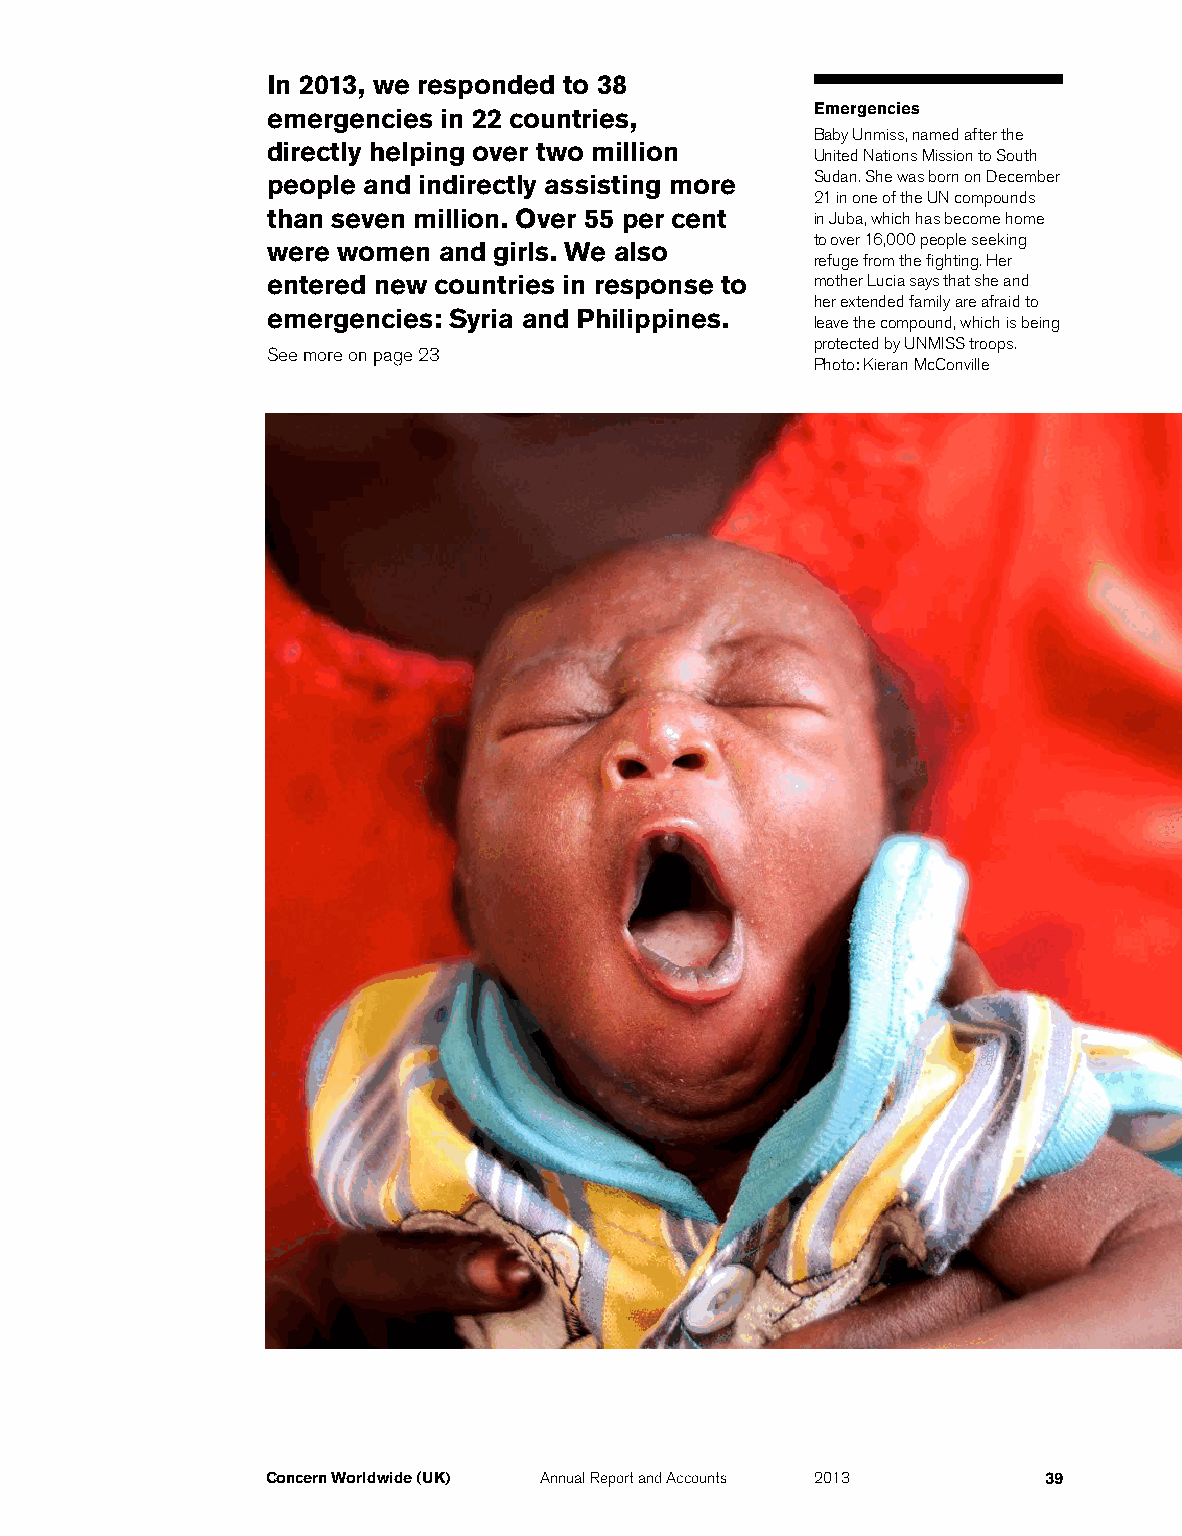
In 2013, we responded to 38
 emergencies in 22 countries,        Emergencies
 Baby Unmiss, named after the
 directly helping over two million
 United Nations Mission to South
 people and indirectly assisting more Sudan. She was born on December
 21 in one of the UN compounds
 than seven million. Over 55 per cent in Juba, which has become home
 to over 16,000 people seeking
 were women and girls. We also
 refuge from the fighting. Her
 entered new countries in response to mother Lucia says that she and
 her extended family are afraid to
 emergencies: Syria and Philippines.
 leave the compound, which is being
 protected by UNMISS troops.
 See more on page 23
 Photo: Kieran McConville
 Concern Worldwide (UK) Annual Report and Accounts 2013 39